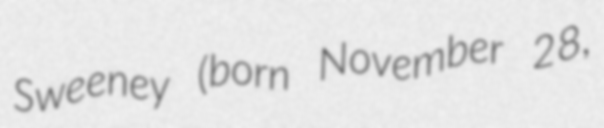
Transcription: Sweeney (born November 28,